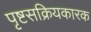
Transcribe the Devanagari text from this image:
पृष्टसक्रियकारक